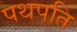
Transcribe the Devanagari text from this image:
पथपति